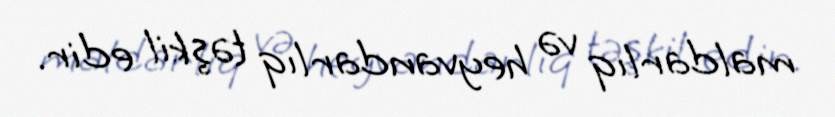
maldarlıq və heyvandarlıq təşkil edir.